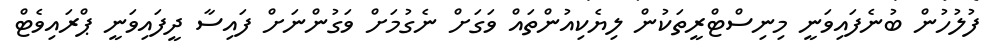
ފުލުހުން ބުނެފައިވަނީ މިނިސްޓްރީތަކުން ލިޔެކިއުންތައް ވަގަށް ނެގުމަށް ވަގުންނަށް ފައިސާ ދީފައިވަނީ ޕްރައިވެޓް